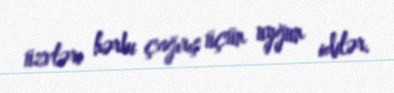
üzvləri hərbi çağırış üçün uyğun idilər.